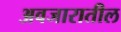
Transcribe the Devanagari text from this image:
अवजारातील